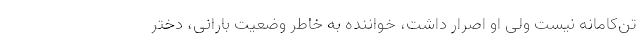
تن‌کامانه نیست ولی او اصرار داشت، خواننده به خاطر وضعیت بارانی، دختر